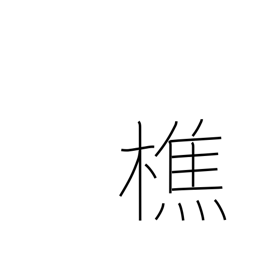
Meaning: lumberjack